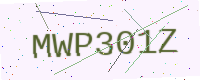
Text: MWP301Z